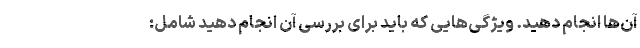
آن‌ها انجام دهید. ویژگی‌هایی که باید برای بررسی آن‌ انجام دهید شامل: